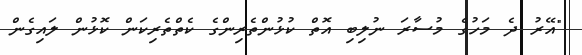
"އޭރު ދެ މަހުގެ މުސާރަ ނުލިބި އޮތް ކުޅުންތެރިންގެ ކެތްތެރިކަން ކޮޅުން ލައިގެން